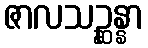
ဇာလသဉ္ဆန္နာ